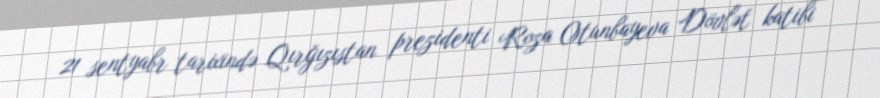
21 sentyabr tarixində Qırğızıstan prezidenti Roza Otunbayeva Dövlət katibi